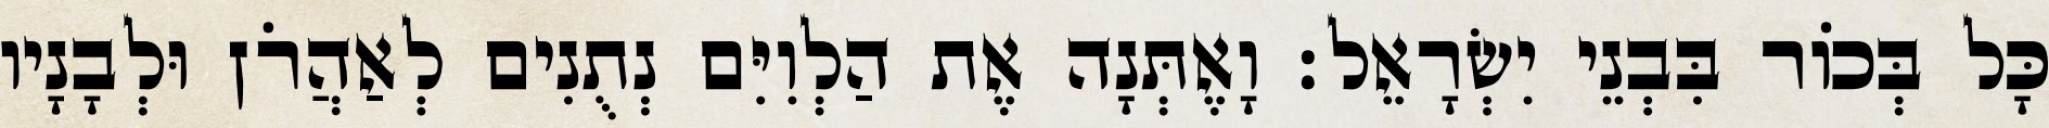
כָּל בְּכוֹר בִּבְנֵי יִשְׂרָאֵל׃ וָאֶתְּנָה אֶת הַלְוִיִּם נְתֻנִים לְאַהֲרֹן וּלְבָנָיו